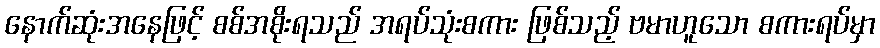
နောက်ဆုံးအနေဖြင့် စစ်အစိုးရသည် အရပ်သုံးစကား ဖြစ်သည့် ဗမာဟူသော စကားရပ်မှာ